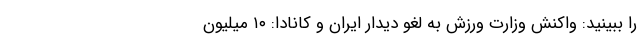
را ببینید: واکنش وزارت ورزش به لغو دیدار ایران و کانادا: ١٠ میلیون